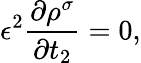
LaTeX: \epsilon^{2}\frac{\partial\rho^{\sigma}}{\partial t_{2}}=0,